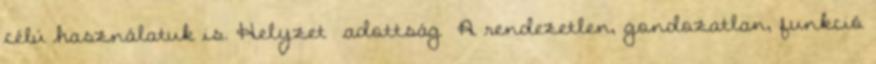
célú használatuk is. Helyzet adottság ▪A rendezetlen, gondozatlan, funkció